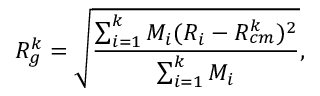
R _ { g } ^ { k } = \sqrt { \frac { \sum _ { i = 1 } ^ { k } M _ { i } ( R _ { i } - R _ { c m } ^ { k } ) ^ { 2 } } { \sum _ { i = 1 } ^ { k } M _ { i } } } ,